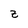
Character: z